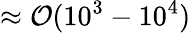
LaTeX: \approx{\cal O}(10^{3}-10^{4})